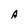
Character: A